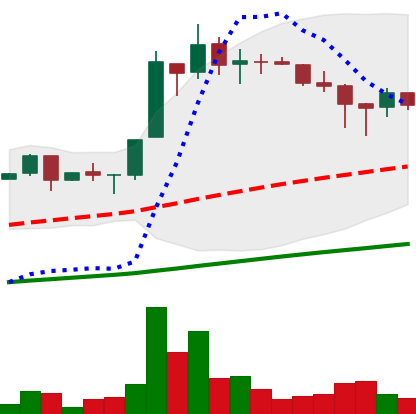
Ticker: LTC-USD
Chart end date: 2017-06-29
Forward return: 34.747%
Label: up_7plus